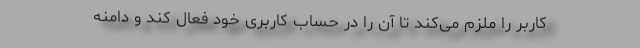
کاربر را ملزم می‌کند تا آن را در حساب کاربری خود فعال کند و دامنه